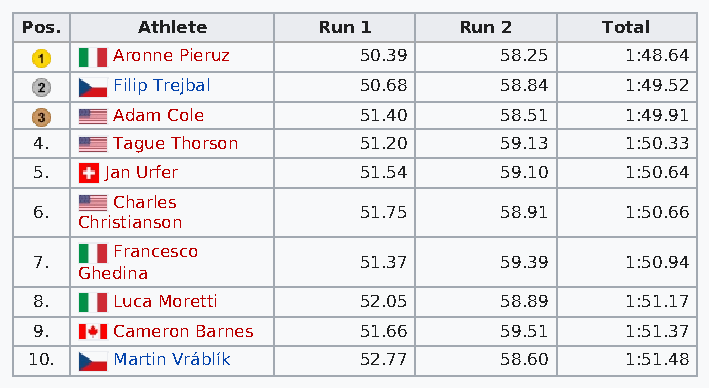
Pos.    Athlete     Run 1    Run 2     Total
 Aronne Pieruz    50.39    58.25   1:48.64
 Filip Trejbal    50.68    58.84   1:49.52
 Adam Cole        51.40    58.51   1:49.91
 4.   Tague Thorson    51.20    59.13   1:50.33
 5.   Jan Urfer        51.54    59.10   1:50.64
 Charles
 6.                    51.75    58.91   1:50.66
 Christianson
 Francesco
 7.                    51.37    59.39   1:50.94
 Ghedina
 8.   Luca Moretti     52.05    58.89   1:51.17
 9.   Cameron Barnes   51.66    59.51   1:51.37
 10.  Martin Vráblík   52.77    58.60   1:51.48